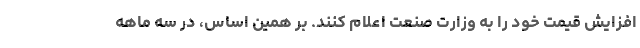
افزایش قیمت خود را به وزارت صنعت اعلام کنند. بر همین اساس، در سه ماهه